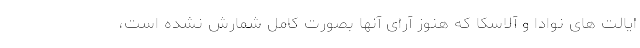
ایالت های نوادا و آلاسکا که هنوز آرای آنها بصورت کامل شمارش نشده است،